Scientific memoirs by medical officers of the Army of India - Part IV,
Year: 1889
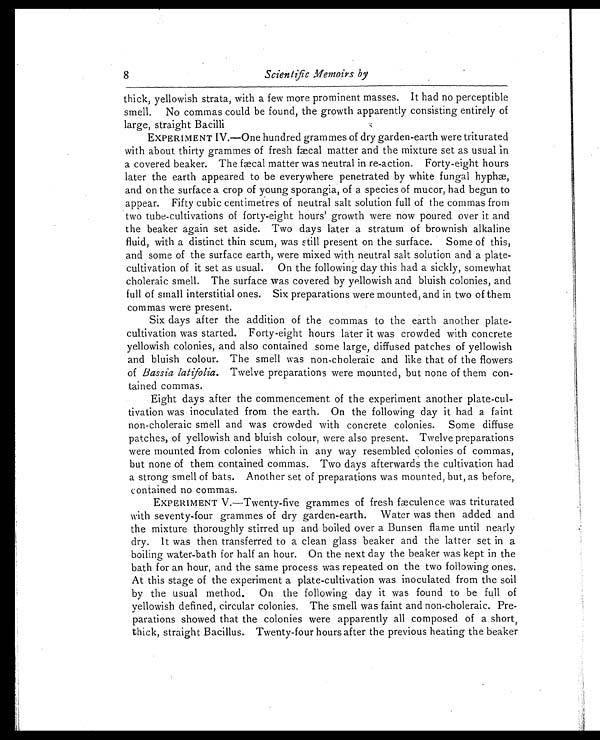
8
Scientific Memoirs by
thick, yellowish strata, with a few more prominent masses. It had no perceptible
smell. No commas could be found, the growth apparently consisting entirely of
large, straight Bacilli
EXPERIMENT IV.—One hundred grammes of dry garden-earth were triturated
with about thirty grammes of fresh fæcal matter and the mixture set as usual in
a covered beaker. The fæcal matter was neutral in re-action. Forty-eight hours
later the earth appeared to be everywhere penetrated by white fungal hyphæ,
and on the surface a crop of young sporangia, of a species of mucor, had begun to
appear. Fifty cubic centimetres of neutral salt solution full of the commas from
two tube-cultivations of forty-eight hours' growth were now poured over it and
the beaker again set aside. Two days later a stratum of brownish alkaline
fluid, with a distinct thin scum, was still present on the surface. Some of this,
and some of the surface earth, were mixed with neutral salt solution and a plate-
cultivation of it set as usual. On the following day this had a sickly, somewhat
choleraic smell. The surface was covered by yellowish and bluish colonies, and
full of small interstitial ones. Six preparations were mounted, and in two of them
commas were present.
Six days after the addition of the commas to the earth another plate-
cultivation was started. Forty-eight hours later it was crowded with concrete
yellowish colonies, and also contained some large, diffused patches of yellowish
and bluish colour. The smell was non-choleraic and like that of the flowers
of Bassia latifolia. Twelve preparations were mounted, but none of them con
-tained commas.
Eight days after the commencement of the experiment another plate-cul
-tivation was inoculated from the earth. On the following day it had a faint
non-choleraic smell and was crowded with concrete colonies. Some diffuse
patches, of yellowish and bluish colour, were also present. Twelve preparations
were mounted from colonies which in any way resembled colonies of commas,
but none of them contained commas. Two days afterwards the cultivation had
a strong smell of bats. Another set of preparations was mounted, but, as before,
contained no commas.
EXPERIMENT V.—Twenty-five grammes of fresh fæculence was triturated
with seventy-four grammes of dry garden-earth. Water was then added and
the mixture thoroughly stirred up and boiled over a Bunsen flame until nearly
dry. It was then transferred to a clean glass beaker and the latter set in a
boiling water-bath for half an hour. On the next day the beaker was kept in the
bath for an hour, and the same process was repeated on the two following ones.
At this stage of the experiment a plate-cultivation was inoculated from the soil
by the usual method. On the following day it was found to be full of
yellowish defined, circular colonies. The smell was faint and non-choleraic. Pre
- p a r a t i o n s s h o w e d t h a t t h e c o l o n i e s w e r e a p p a r e n t l y a l l c o m p o s e d o f a s h o r t ,
thick, straight Bacillus. Twenty-four hours after the previous heating the beaker